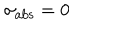
LaTeX: \sigma _ { \mathrm { a b s } } = 0